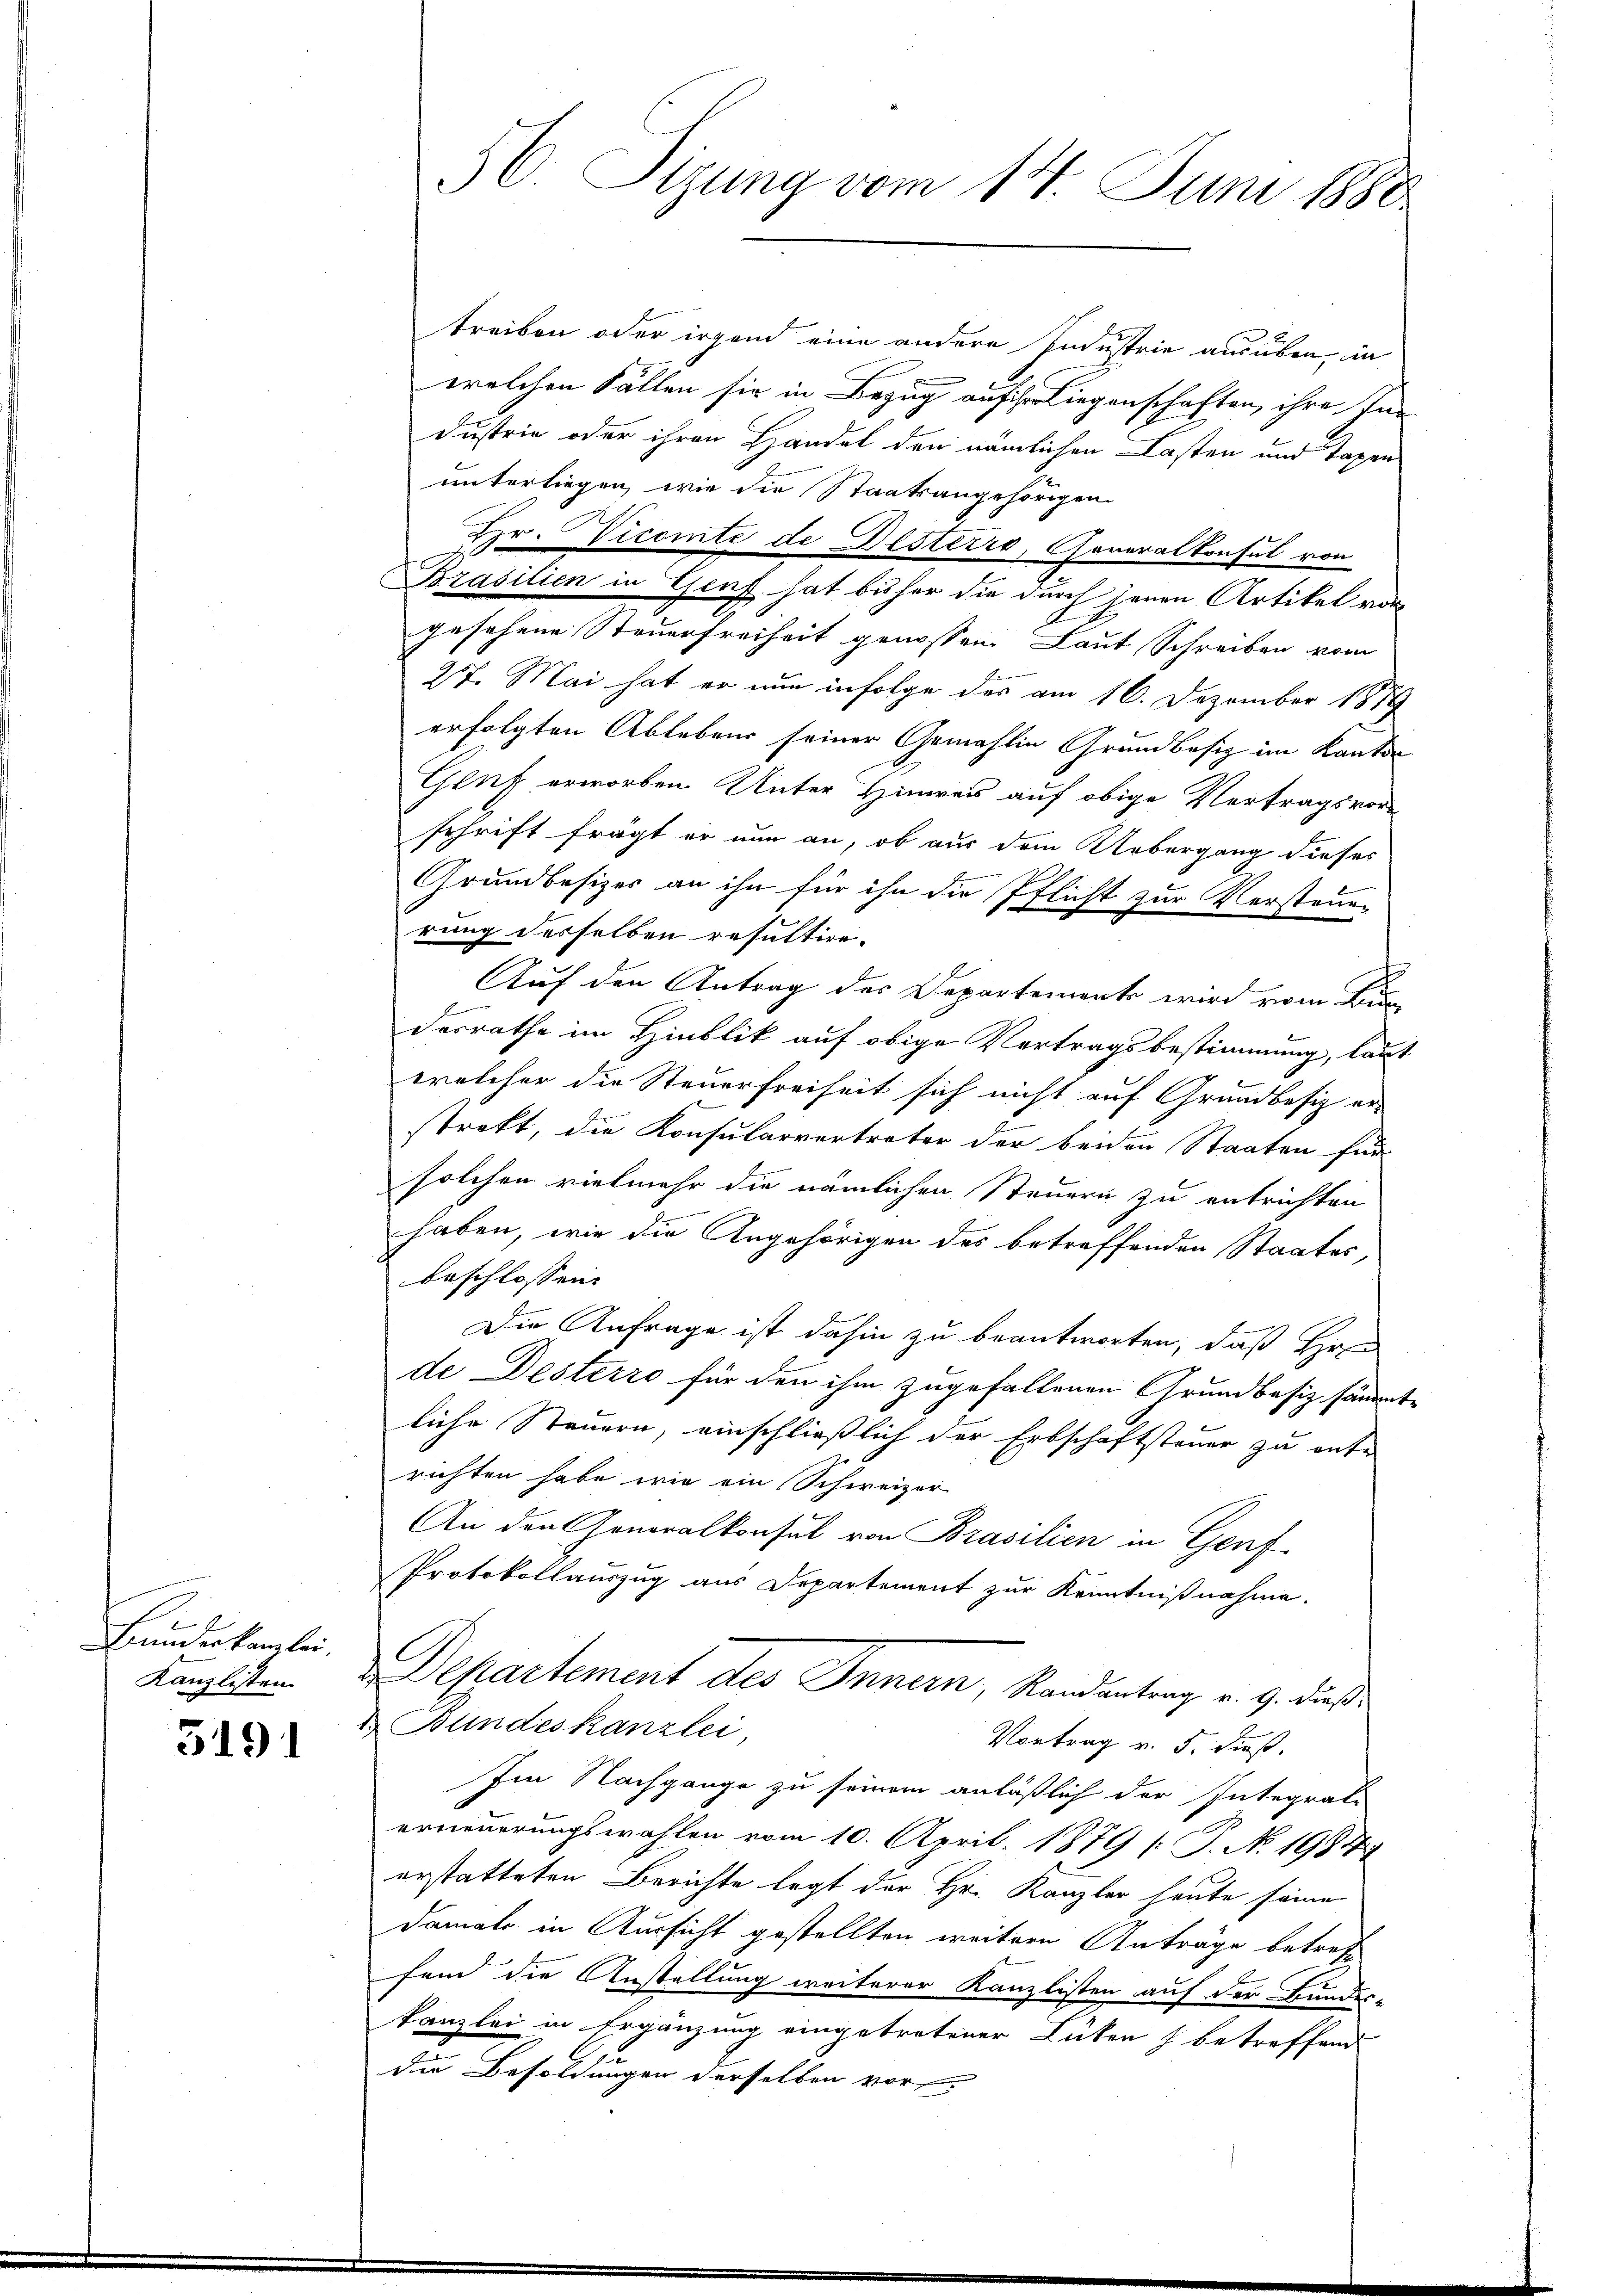
Bundeskanzlei,
Kanzlisten

3191

treiben oder irgend eine andere Industrie ausüben, in
n
welchen Fällen sie in Bezug aufserliegenschaften, ihre Ind
dustrie oder ihren Handel den nämlichen Lasten und Tagen
unterliegen, wie die Staatsangehörigen.
Hr. Vicomté de Desterre, Generalkonsul von
Brasilien in Genf hat beher die durch jenen Artikel vor
gesehene Steuerfreiheit genossen. Laut Schreiben vom
27. Mai hat er nun infolge des am 16. Dezember 1879
erfolgten Ablebens seiner Gemahlin Grundbesiz im Kanton
Genf erworben. Unter Hinweis auf obige Vertragsvorschrift fragt er nun an, ob aus dem Uebergang dieses
Grundbesizer an ihn für ihn die Pflicht zur Verstaun-
rung derselben resultire.
Auf den Antrag des Departements wird vom Bun
desrathe im Hinblik auf obige Vertragsbestimmung, laut
welcher die Steuerfreiheit sich nicht auf Grundbesiz er-
strekt, die Konsularvertreter der beiden Staaten für
solchen vielmehr die nämlichen Steuern zu entrichten
haben, wie die Angehörigen des betreffenden Staates,
beschlossen:
Die Anfrage ist dahin zu beantworten, daß Hrn
de Desterro für den ihm zugefallenen Grundbesiz säumte
liche Steuern, einschließlich der Erbschaftsteuer zu unte
richten habe wie ein Schweizer
An den Generalkonsul von Brasilien in Genf
Protokollauszug aus Departement zur Kenntnißnahme.
C
Departement des Innern, Randantrag v. 9. dieß
u Bundeskanzlei,
Vortrag v. 5. dieß.
Im Nachgange zu seinem anläßlich der Integrale
erneuerungswahlen vom 10. April 1879 [ P. N. 19847
erstatteten Berichte legt der Hr. Kanzler heute seine
Damals in Aussicht gestellten weitern Anträge betreff
fend die Anstellung weiterer Kanzlisten auf der Bundes-
kanzlei in Ergänzung eingetretener Lüten betreffend
die Besoldungen derselben vor

56. Sizung vom 14. Juni 1888